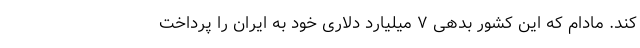
کند. مادام که این کشور بدهی ۷ میلیارد دلاری خود به ایران را پرداخت